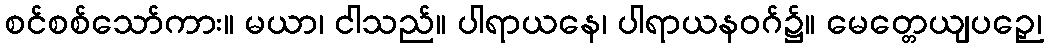
စင်စစ်သော်ကား။ မယာ၊ ငါသည်။ ပါရာယနေ၊ ပါရာယနဝဂ်၌။ မေတ္တေယျပဉှေ၊